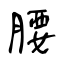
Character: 腰